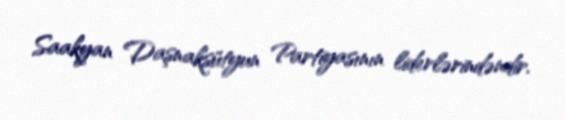
Saakyan Daşnaksütyun Partiyasının liderlərindəndir.